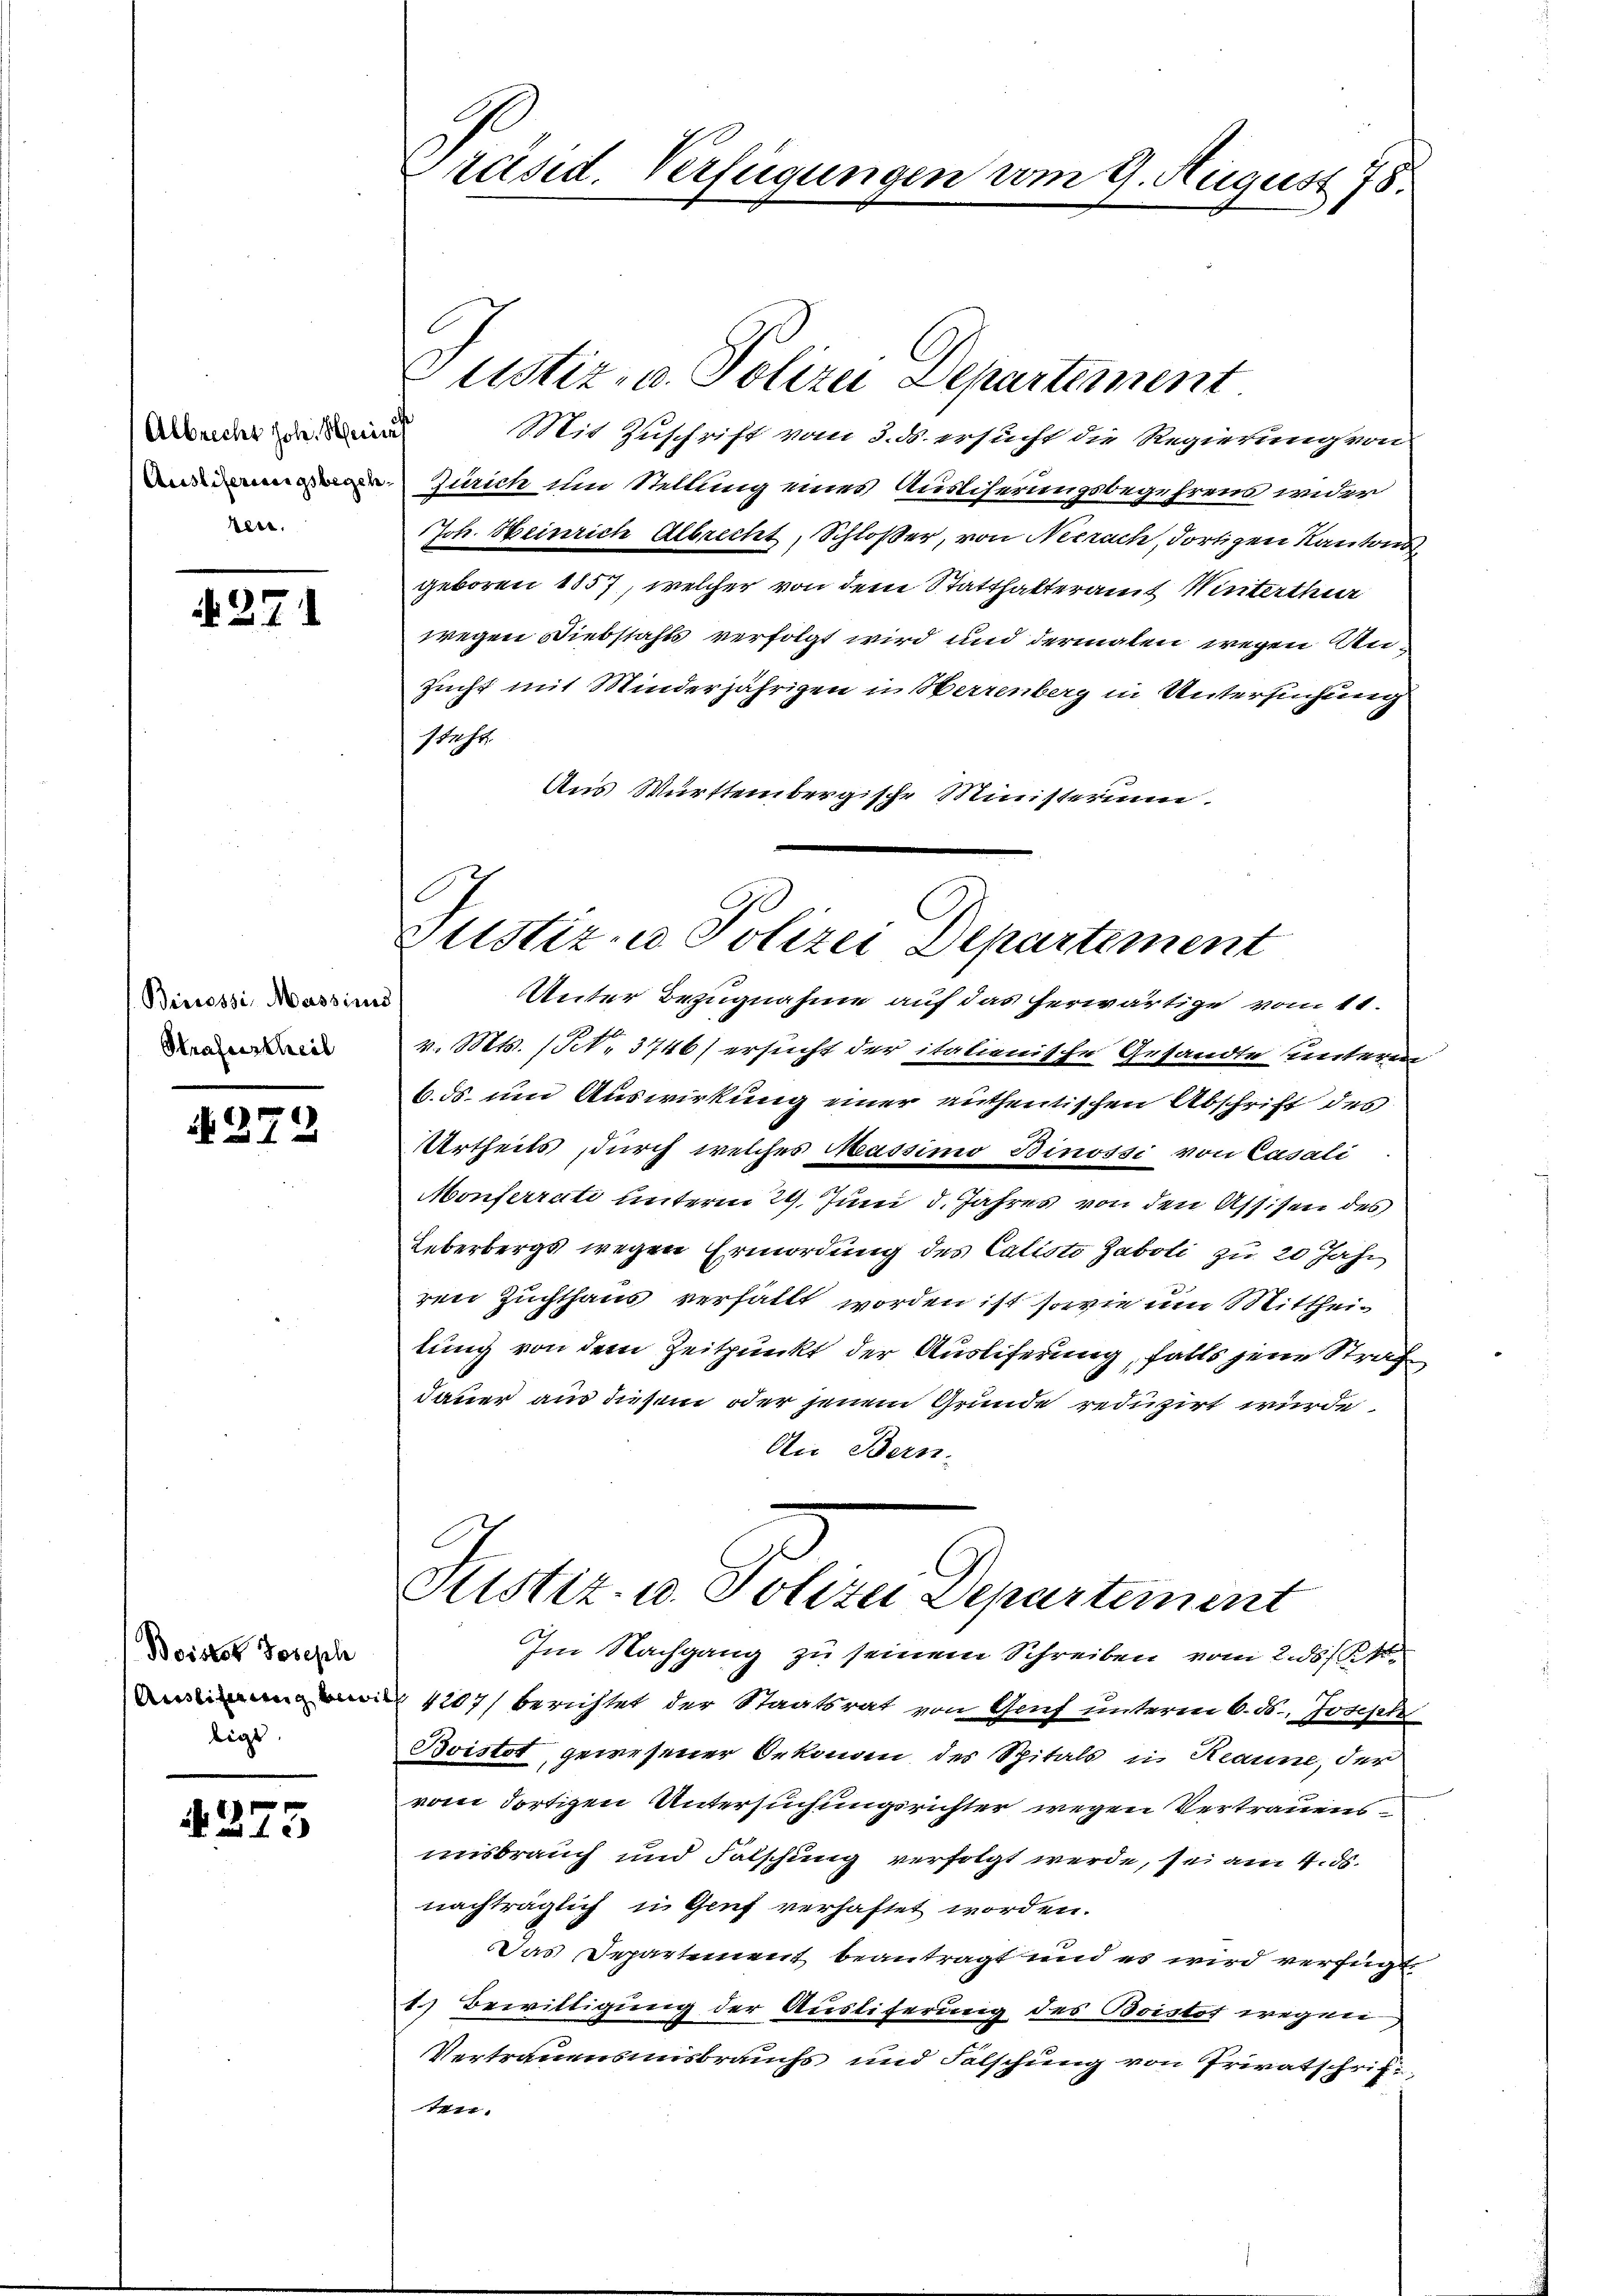
Albrecht Joh. Seit
ten.

371

Beeressi, Massimus
Strafurtheil

N. 272

Boistor Joseph
Ainstimmung bewi
lige

4275

Präsid. Verfügungen vom 9. August 178.

Justiz- u. Polizei Departement
Mit Zuschrift vom 3. ds. ersucht die Regierung von
 Zürich um Stellung eines Auslicherungsbegehrens wider
Joh. Heinrich Albrecht, Schloßer, von Neerach, dortigen Kantons
geboren 1857, welcher von dem Statthalteramt Winterthur
wegen Diebstahls verfolgt wird und dermalen wegen An¬
Zucht mit Minderjährigen in Herrenberg in Untersuchung
steht.
Aus Württembergische Ministerium.

Justiz- u. Polizei Departement

Unter Bezugnahme auf das herwärtige vom 11.
v. Mts. (Pct. 3746) ersucht der italienische Gesandte unteren
6. ds. um Auswirkung einer authentischen Abschrift des
Urtheils durch welches Massimo Binossi von Casali
Monferrati unterm 24. Juni d. Jahres von den Assisen des
Leberbergs wegen Ermordung des Calisto Zaboli zu 20 Jahr
ren Zuchthaus verfällt worden ist, sowie um Mittheilung von dem Zeitpunkt der Ausliferung, falls jene Strafdauer aus diesem oder jenem Grunde reduzirt würde.
An Bern-
Puster. in Polize Departement
Im Nachgang zu seinem Schreiben vom 28st
4207) berichtet der Staatsrat von Gruf unterm 6. ds. Joseph
Boistot gewesener Oekoncen des Spitals in Heanne, der
vom dortigen Untersuchungsrichter wegen Vertrauens
unsbrauch und Falschung verfolgt werde, sei am 4. ds.
nachträglich in Genf verhaftet worden.
Das Departement beantragt und es wird verfügt:
1.) Bewilligung der Ausliferung des Boistof wegen
Vertrauensmisbrauchs und Falschung von Privatschrift,
tit.